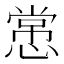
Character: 㦂